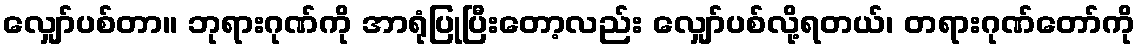
လျှော်ပစ်တာ။ ဘုရားဂုဏ်ကို အာရုံပြုပြီးတော့လည်း လျှော်ပစ်လို့ရတယ်၊ တရားဂုဏ်တော်ကို